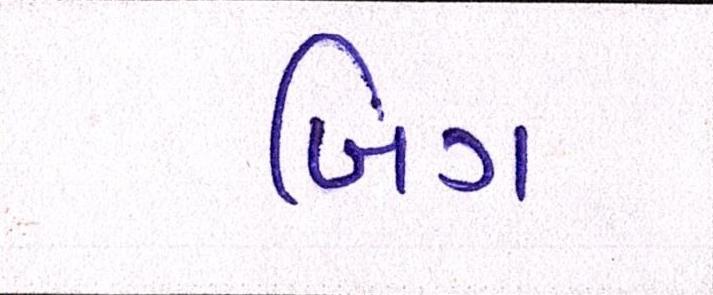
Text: બિગ